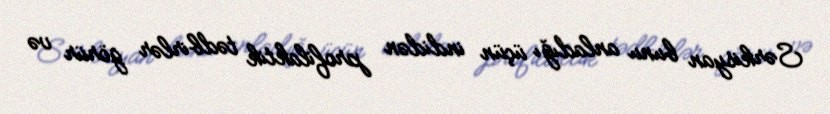
Sərkisyan bunu anladığı üçün indidən profilaktik tədbirlər görür və